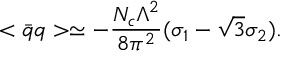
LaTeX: < \bar { q } q > \simeq - \frac { N _ { c } \Lambda ^ { 2 } } { 8 \pi ^ { 2 } } ( \sigma _ { 1 } - \sqrt { 3 } \sigma _ { 2 } ) .